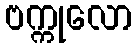
ဗက္ကုလော